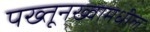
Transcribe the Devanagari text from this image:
पख्तूनख्वामधील